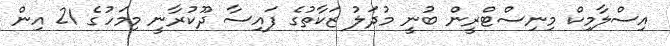
އިސްލާމިކް މިނިސްޓްރީން ބުނީ މުދަލު ޒަކާތުގެ ފައިސާ ދޫކުރާނީ މިމަހުގެ 21 އިން